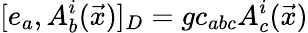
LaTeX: [e_{a},A_{b}^{i}(\vec{x})]_{D}=gc_{abc}A_{c}^{i}(\vec{x})